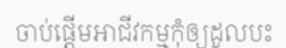
ចាប់ផ្តើមអាជីវកម្មកុំឲ្យដួលបះ